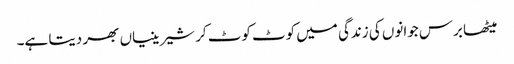
میٹھا برس جوانوں کی زندگی میں کوٹ کوٹ کر شیرینیاں بھر دیتا ہے۔